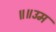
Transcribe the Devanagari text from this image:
॥॥उम